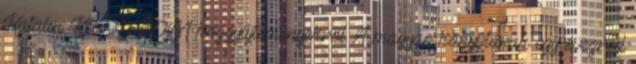
Katalin: Két CD-ROM közgyűjteményekről A magyar könyvtárak egy évezred